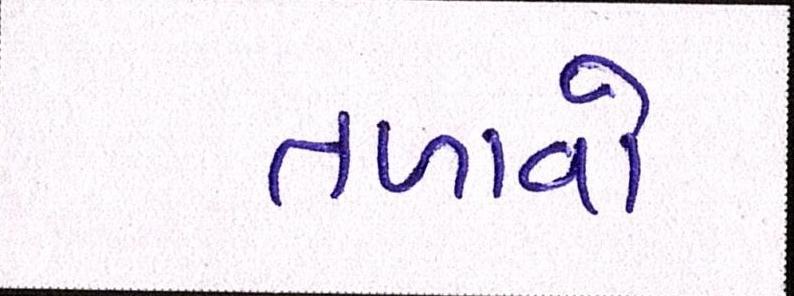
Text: તળાવો